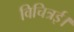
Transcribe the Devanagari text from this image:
विचित्रई।